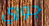
جوري